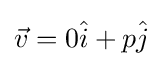
{\vec {v}}=0{\hat {i}}+p{\hat {j}}